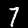
Digit: 7